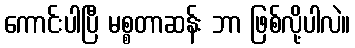
ကောင်းပါပြီ မစ္စတာဆန်း ဘာ ဖြစ်လို့ပါလဲ။